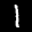
Label: 1